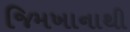
જિમખાનાથી